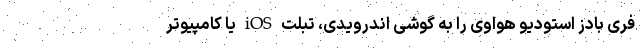
فری بادز استودیو هواوی را به گوشی اندرویدی، تبلت iOS یا کامپیوتر